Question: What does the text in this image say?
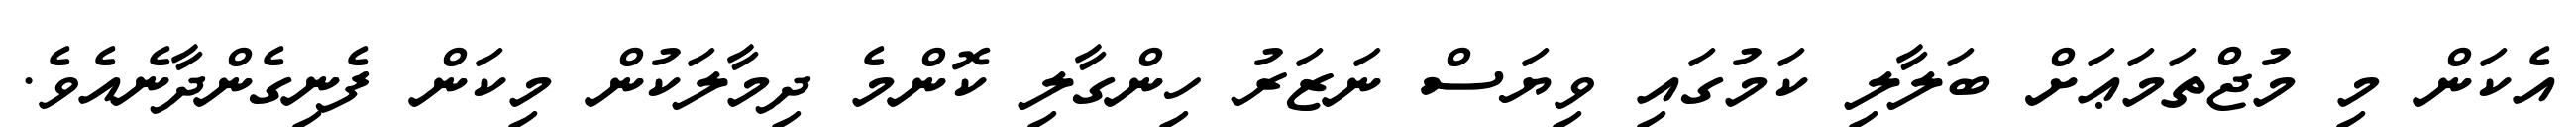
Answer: އެކަން މި މުޖްތަމަޢަށް ބަލާލި ކަމުގައި ވިޔަސް ނަޒަރު ހިންގާލި ކޮންމެ ދިމާލަކުން މިކަން ފެނިގެންދާނެއެވެ.